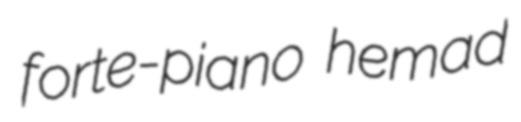
forte-piano hemad